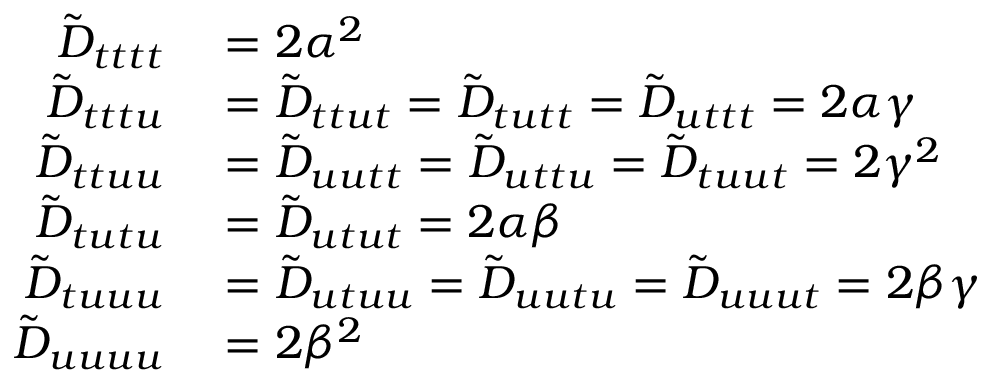
\begin{array} { r l } { \tilde { D } _ { t t t t } } & { { } = 2 \alpha ^ { 2 } } \\ { \tilde { D } _ { t t t u } } & { { } = \tilde { D } _ { t t u t } = \tilde { D } _ { t u t t } = \tilde { D } _ { u t t t } = 2 \alpha \gamma } \\ { \tilde { D } _ { t t u u } } & { { } = \tilde { D } _ { u u t t } = \tilde { D } _ { u t t u } = \tilde { D } _ { t u u t } = 2 \gamma ^ { 2 } } \\ { \tilde { D } _ { t u t u } } & { { } = \tilde { D } _ { u t u t } = 2 \alpha \beta } \\ { \tilde { D } _ { t u u u } } & { { } = \tilde { D } _ { u t u u } = \tilde { D } _ { u u t u } = \tilde { D } _ { u u u t } = 2 \beta \gamma } \\ { \tilde { D } _ { u u u u } } & { { } = 2 \beta ^ { 2 } } \end{array}